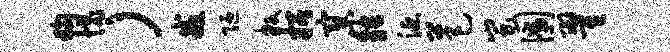
狗愧）戒陋叛招寥觖涎芭蚩圃翟